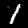
Label: 1